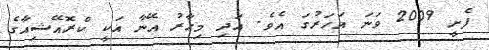
ފެށީ 2009 ވަނަ އަހަރުގަ އެވެ. އަދި މިހާރު އޭނާ އަކީ ކްރޮއޭޝިއާގެ